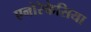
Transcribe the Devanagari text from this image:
एनोरेकेसिया